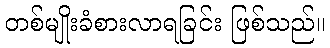
တစ်မျိုးခံစားလာရခြင်း ဖြစ်သည်။